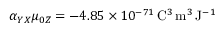
\alpha _ { Y X } \mu _ { 0 Z } = - 4 . 8 5 \times 1 0 ^ { - 7 1 } \, \mathrm { C } ^ { 3 } \, \mathrm { m } ^ { 3 } \, \mathrm { J } ^ { - 1 }